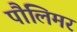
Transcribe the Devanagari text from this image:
पौलिमर